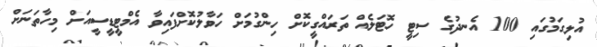
އުލިގަމުގައި 100 އެނދުގެ ސިޓީ ހޮޓަލެއް ތަރައްގީކޮށް ހިންގުމަށް ހަވާލުކޮށްފައިވާ އެމްޓީޑީސީއަށް މިހާތަނަށް